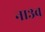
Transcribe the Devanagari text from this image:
ना३व